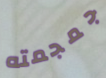
جمجمته